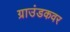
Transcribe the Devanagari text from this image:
ग्राउंडकवर